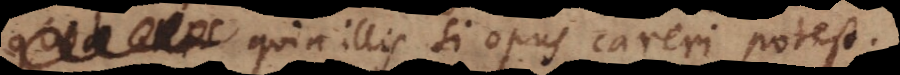
, quia illis si opus careri potest.